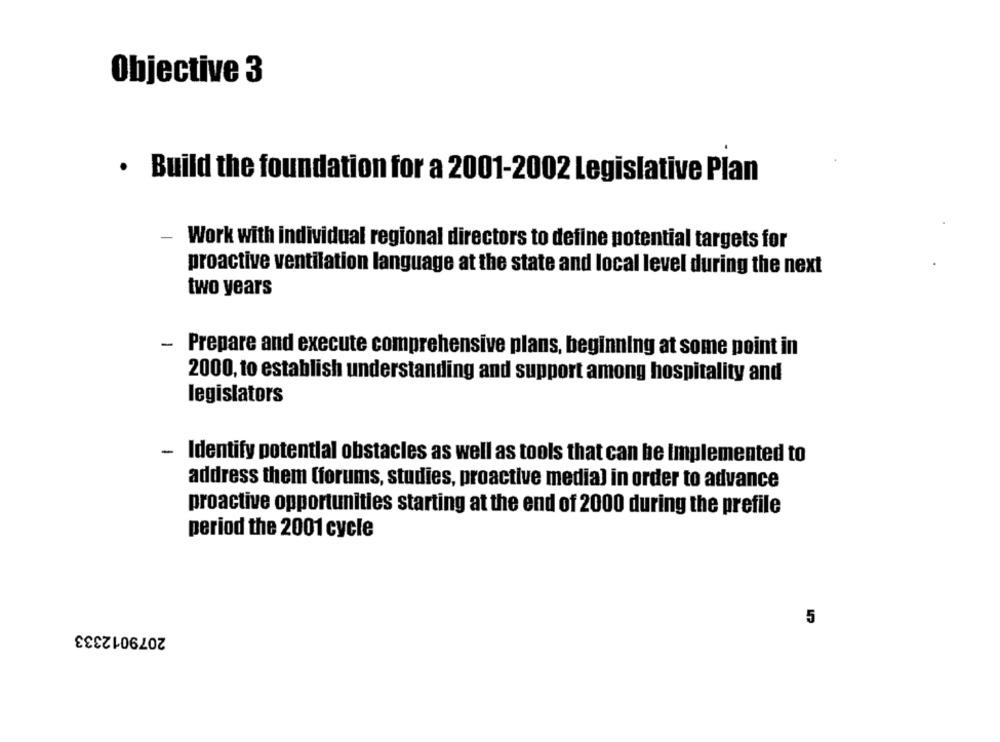
Objective 3
· Build the foundation for a 2001-2002 Legislative Plan
Work with individual regional directors to define potential targets for
proactive ventilation language at the state and local level during the next
two years
-
Prepare and execute comprehensive plans, beginning at some point in
2000, to establish understanding and support among hospitality and
legislators
- Identify potential obstacles as well as tools that can be Implemented to
address them (forums, studies, proactive media) in order to advance
proactive opportunities starting at the end of 2000 during the prefile
period the 2001 cycle
5
2079012333